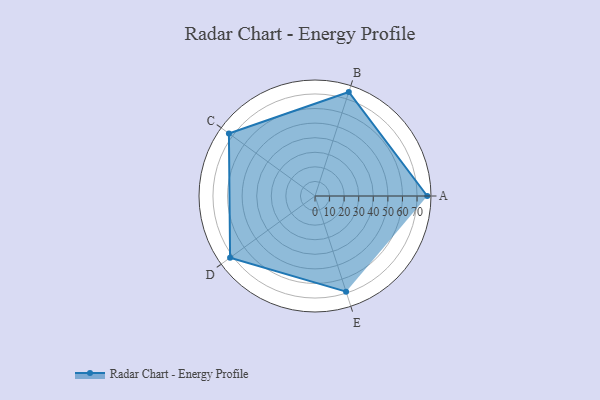
{"axis": {"x": "Skill", "y": "Score"}, "legend": ["Profile"], "data": [{"x": "A", "y": 77.0, "type": "Profile"}, {"x": "B", "y": 75.0, "type": "Profile"}, {"x": "C", "y": 73.0, "type": "Profile"}, {"x": "D", "y": 72.0, "type": "Profile"}, {"x": "E", "y": 69.0, "type": "Profile"}]}